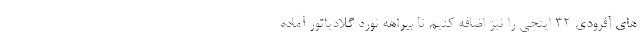
های آفرودی 32 اینچی را نیز اضافه کنیم تا بیراهه نورد گلادیاتور آماده